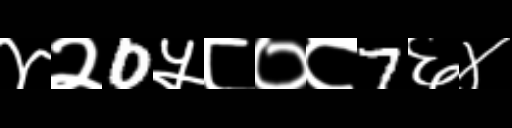
Text: ४२0५८०८7६४